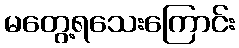
မတွေ့ရသေးကြောင်း